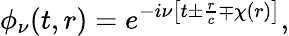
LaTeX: \phi_{\nu}(t,r)=e^{-i\nu\left[t\pm\frac{r}{c}\mp\chi(r)\right]},